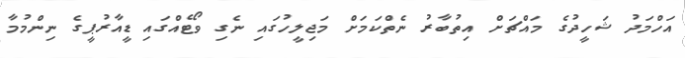
އަހްމަދު ޝަހީދުގެ މައްޗަށް އިތުބާރު ނެތްކަމަށް މަޖިލީހުގައި ނެގި ވޯޓެއްގައި ޑީއާރުޕީގެ ނިންމުމާ